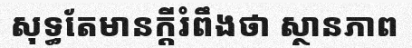
សុទ្ធតែមានក្តីរំពឹងថា ស្ថានភាព